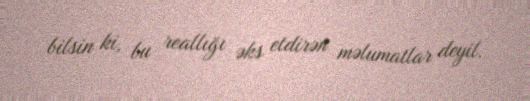
bilsin ki, bu reallığı əks etdirən məlumatlar deyil.